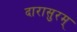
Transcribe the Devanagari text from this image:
दारासुरम्